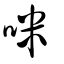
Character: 咪